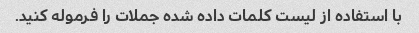
با استفاده از لیست کلمات داده شده جملات را فرموله کنید.